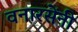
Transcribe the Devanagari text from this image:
वनारसेंनी